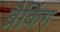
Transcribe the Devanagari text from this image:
ब्रैकिंग